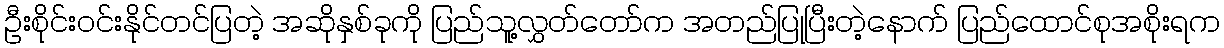
ဦးစိုင်းဝင်းနိုင်တင်ပြတဲ့ အဆိုနှစ်ခုကို ပြည်သူ့လွှတ်တော်က အတည်ပြုပြီးတဲ့နောက် ပြည်ထောင်စုအစိုးရက